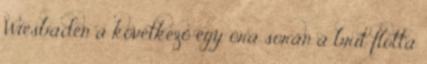
Wiesbaden a következő egy óra során a brit flotta